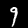
Digit: 9